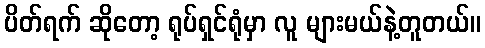
ပိတ်ရက် ဆိုတော့ ရုပ်ရှင်ရုံမှာ လူ များမယ်နဲ့တူတယ်။